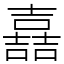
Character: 嚞